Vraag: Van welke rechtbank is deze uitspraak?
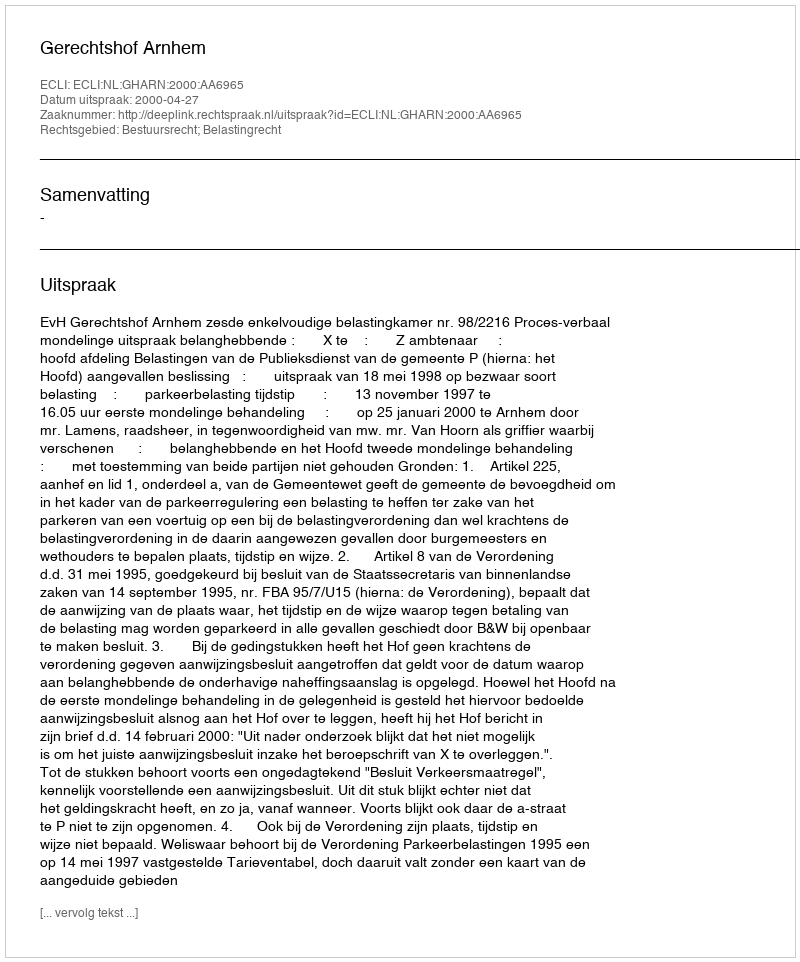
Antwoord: Gerechtshof Arnhem